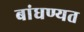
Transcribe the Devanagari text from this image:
बांधण्यत